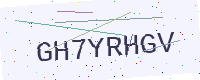
Text: GH7YRHGV